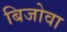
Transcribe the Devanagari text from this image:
बिजोवा